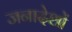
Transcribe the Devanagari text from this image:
जनादेशों